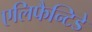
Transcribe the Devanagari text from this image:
एलिफैन्टिडे